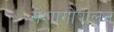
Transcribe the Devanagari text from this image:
सेशागोपालन